Indian journal of veterinary science and animal husbandry - Volume 10,
Year: 1940
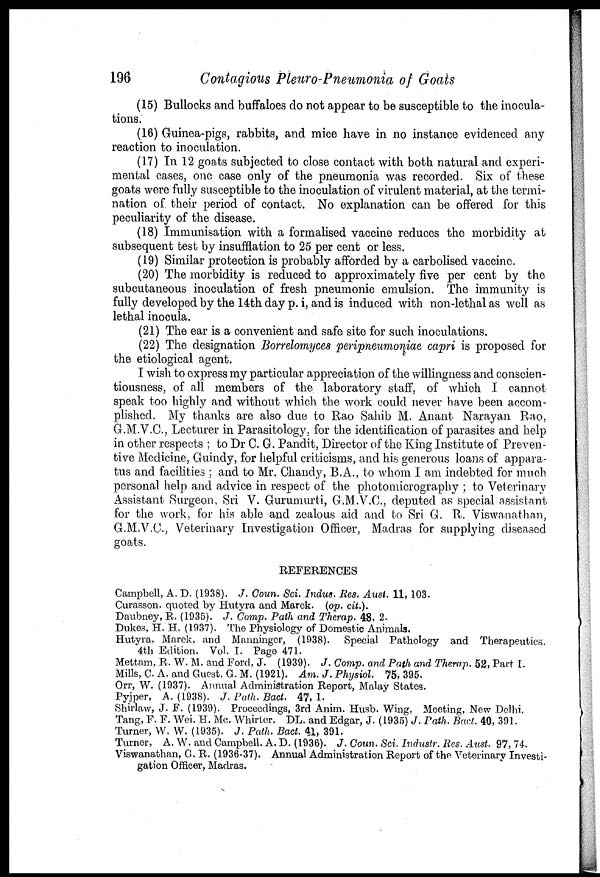
196
Contagious Pleuro-Pneumonia of Goats
(15) Bullocks and buffaloes do not appear to be susceptible to the inocula-
tions.
(16) Guinea-pigs, rabbits, and mice have in no instance evidenced any
reaction to inoculation.
(17) In 12 goats subjected to close contact with both natural and experi-
mental cases, one case only of the pneumonia was recorded. Six of these
goats were fully susceptible to the inoculation of virulent material, at the termi-
nation of their period of contact. No explanation can be offered for this
peculiarity of the disease.
(18) Immunisation with a formalised vaccine reduces the morbidity at
subsequent test by insufflation to 25 per cent or less.
(19) Similar protection is probably afforded by a carbolised vaccine.
(20) The morbidity is reduced to approximately five per cent by the
subcutaneous inoculation of fresh pneumonic emulsion. The immunity is
fully developed by the 14th day p. i, and is induced with non-lethal as well as
lethal inocula.
(21) The ear is a convenient and safe site for such inoculations.
(22) The designation Borrelomyces peripneumoniae capri is proposed for
the etiological agent.
I wish to express my particular appreciation of the willingness and conscien-
tiousness, of all members of the laboratory staff, of which I cannot
speak too highly and without which the work could never have been accom-
plished. My thanks are also due to Rao Sahib M. Anant Narayan Rao,
G.M.V.C., Lecturer in Parasitology, for the identification of parasites and help
in other respects ; to Dr C. G. Pandit, Director of the King Institute of Preven-
tive Medicine, Guindy, for helpful criticisms, and his generous loans of appara-
tus and facilities ; and to Mr. Chandy, B.A., to whom I am indebted for much
personal help and advice in respect of the photomicrography ; to Veterinary
Assistant Surgeon, Sri V. Gurumurti, G.M.V.C., deputed as special assistant
for the work, for his able and zealous aid and to Sri G. R. Viswanathan,
G.M.V.C., Veterinary Investigation Officer, Madras for supplying diseased
goats.
REFERENCES
Campbell, A. D. (1938). J. Coun. Sci. Indus. Res. Aust. 11, 103.
Curasson. quoted by Hutyra and Marek. (op. cit.).
Daubney, R. (1935). J. Comp. Path and Therap. 48, 2.
Dukes, H. H. (1937). The Physiology of Domestic Animals.
Hutyra. Marek, and Manninger, (1938). Special Pathology and Therapeutics.
4th Edition. Vol. I. Page 471.
Mettam, R. W. M. and Ford, J. (1939). J. Comp. and Path and Therap. 52, Part I.
Mills, C. A. and Guest. G. M. (1921). Am. J. Physiol. 75, 395.
Orr, W. (1937). Annual Administration Report, Malay States.
Pyjper, A. (1938). J. Path. Back. 47, 1.
Shirlaw, J. F. (1939). Proceedings, 3rd Anim. Husb. Wing, Meeting, New Delhi.
Tang, F. F. Wei. H. Me. Whirter. DL. and Edgar, J. (1935) J. Path. Bact. 40, 391.
Turner, W. W. (1935). J. Path. Bact. 41, 391.
Turner, A. W. and Campbell. A. D. (1936). J.Coun. Sci. Industr.Res. Aust. 97,74.
Viswanathan, G. R. (1936-37). Annual Administration Report of the Veterinary Investi-
gation Officer, Madras.